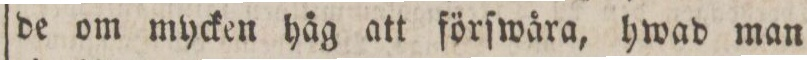
de om mycken håg att förſwåra, hwad man